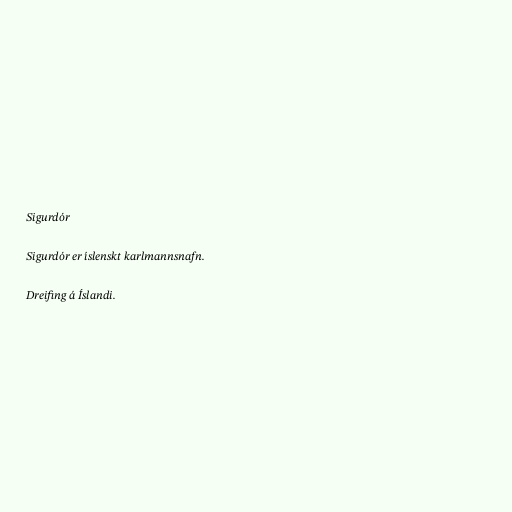
Sigurdór

Sigurdór er íslenskt karlmannsnafn.

Dreifing á Íslandi.